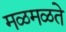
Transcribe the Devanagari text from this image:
मळमळते